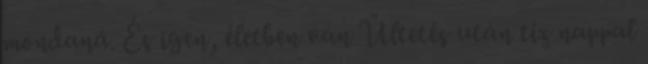
mondaná. És igen, életben van Ültetés után tíz nappal